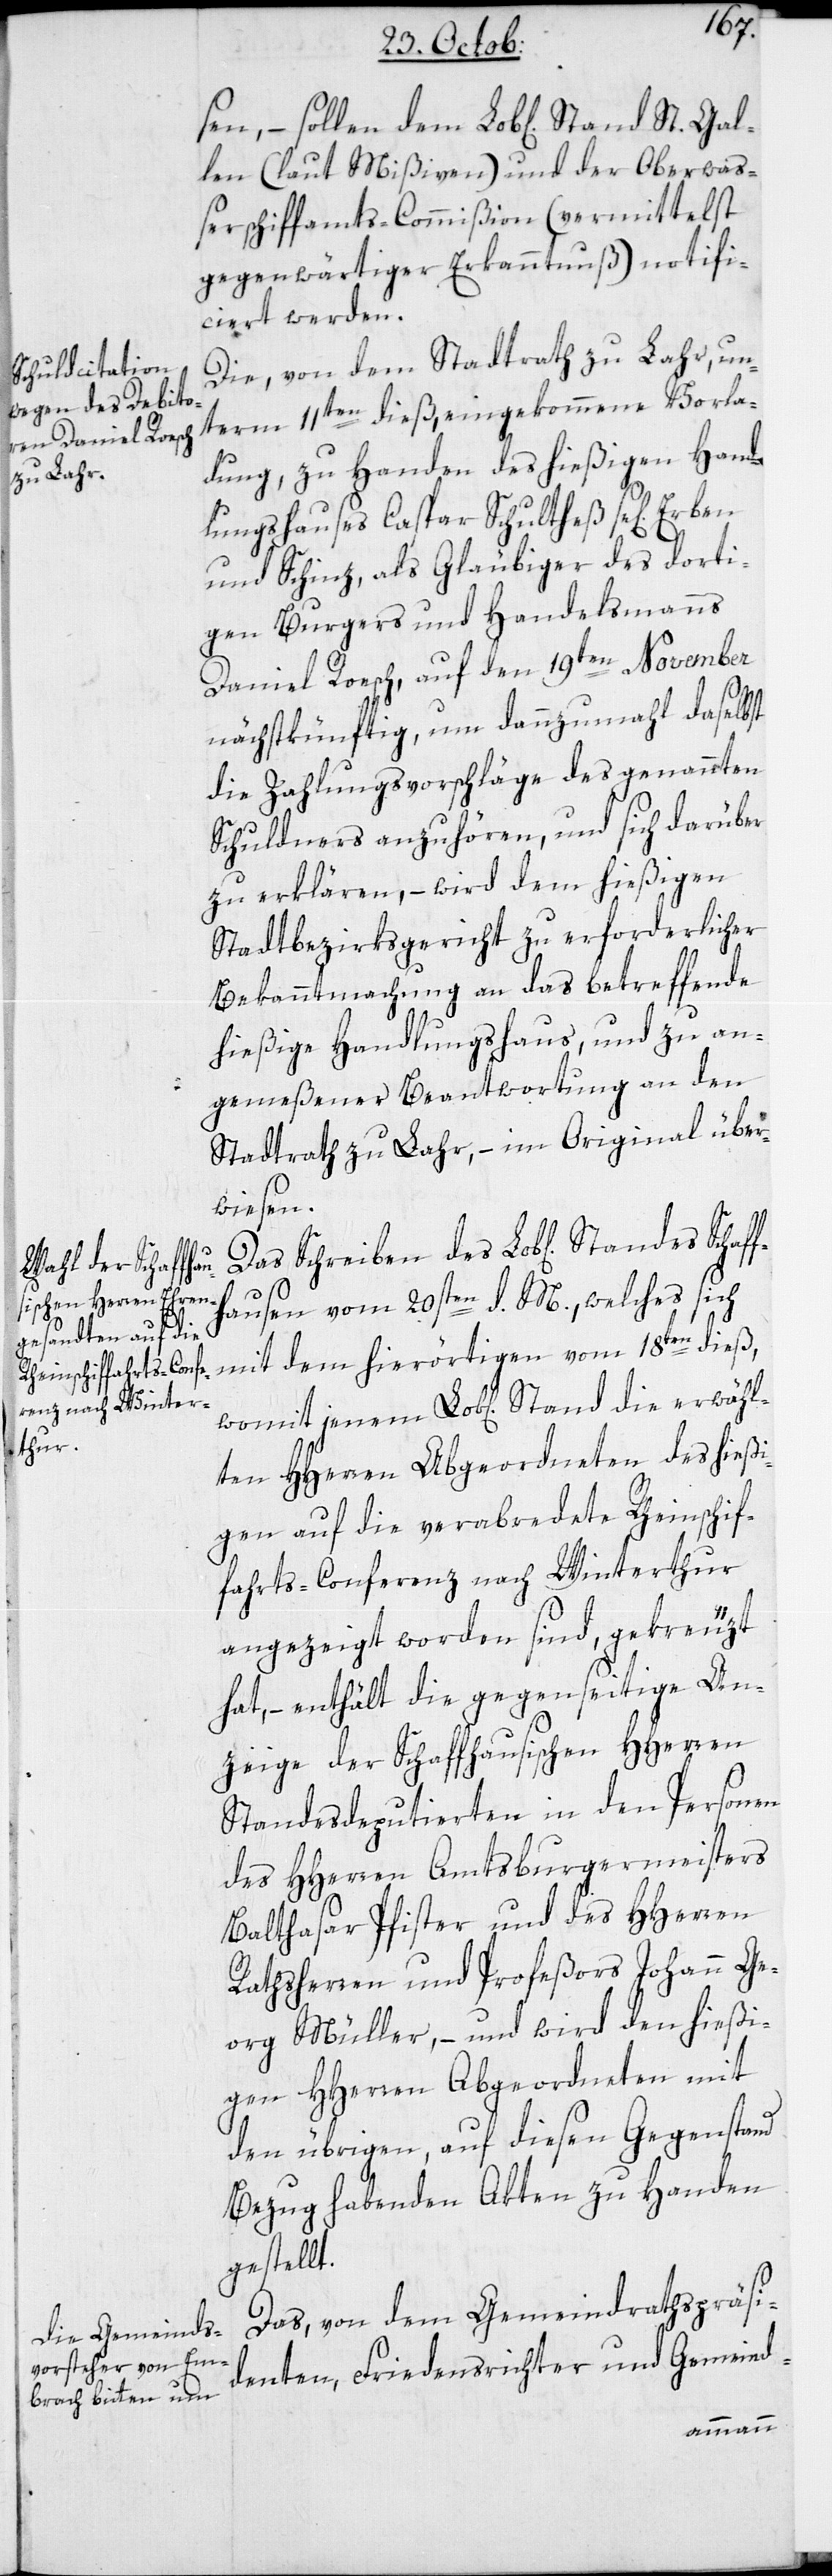
Stand die erwähl¬

sen, – sollen dem Lobl. Stand St. Gal¬
len (laut Mißiven) und der Oberwaß¬
erschiffamts-Commißion (vermittelst
gegenwärtiger Erkanntnuß) notifi¬
ciert werden.
Die von dem Stadtrath zu Lahr, un¬
term 11ten dieß eingekommene Vorla¬
dung zu Handen des hießigen Hand¬
lungshauses Caspar Schultheß sel[ige]
und Schinz, als Gläubiger des dorti¬
gen Burgers und Handelsmanns
Daniel Roesch, auf den 19ten November
nächstkünftig, um dannzumahl daselbst
die Zahlungsvorschläge des genannten
Schuldners anzuhören, und sich darüber
zu erklären, – wird dem hießigen
Stadtbezirksgericht zu erforderlicher
Bekanntmachung an das betreffende
hießige Handlungshaus, und zu an¬
gemeßener Beantwortung an den
Stadtrath zu Lahr, – im Original über¬
wiesen.
ausen vom 20sten d. M., welches sich
mit dem hierörtigen vom 18ten dieß,
ten HHerren Abgeordneten des hießi¬
gen auf die verabredete Rheinschif¬
fahrts-Conferenz nach Winterthur
angezeigt worden sind, gekreuzt
hat, – enthält die gegenseitige An¬
zeige der schaffhausischen HHerren
Standesdeputierten in den Personen
des HHerren Amtsburgermeisters
Balthasar Pfister, und des HHerren
Rathsherren und Profeßors Johann Ge¬
org Müller, – und wird den hießi¬
gen HHerren Abgeordneten mit
den übrigen, auf diesen Gegenstand
Bezug habenden Akten zu Handen
gestellt.
Das von dem Gemeindrathspräsi¬
denten, Friedensrichter und Gemeind-